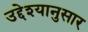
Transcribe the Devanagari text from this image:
उद्देश्यानुसार